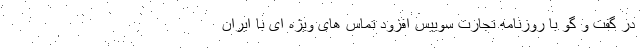
در گفت و گو با روزنامه تجارت سوییس افزود تماس های ویژه ای با ایران